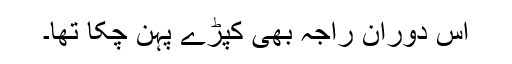
اس دوران راجہ بھی کپڑے پہن چکا تھا۔